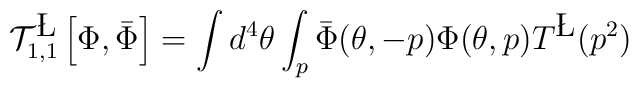
{\cal T}^{\L}_{1,1}\left[\Phi,\bar{\Phi}\right] = \int d^4 \theta \int_p\bar{\Phi}(\theta, -p)\Phi(\theta,p) T^{\L}(p^2)